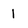
Character: 1